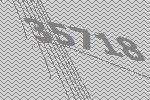
35718